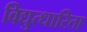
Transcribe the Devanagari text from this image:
विद्युत्धारिता